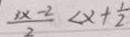
\frac { 3 x - 2 } { 2 } < x + \frac { 1 } { 2 }